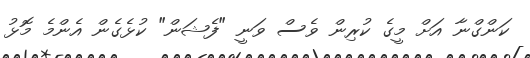
ކަންގްނާ އަށް މީގެ ކުރިން ވެސް ވަނީ "ފެޝަން" ކުޅެގެން އެންމެ މޮޅު